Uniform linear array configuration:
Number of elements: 24
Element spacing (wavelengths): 0.75
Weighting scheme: hann
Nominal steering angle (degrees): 45
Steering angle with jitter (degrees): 44.8
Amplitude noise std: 0.05
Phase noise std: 0.05

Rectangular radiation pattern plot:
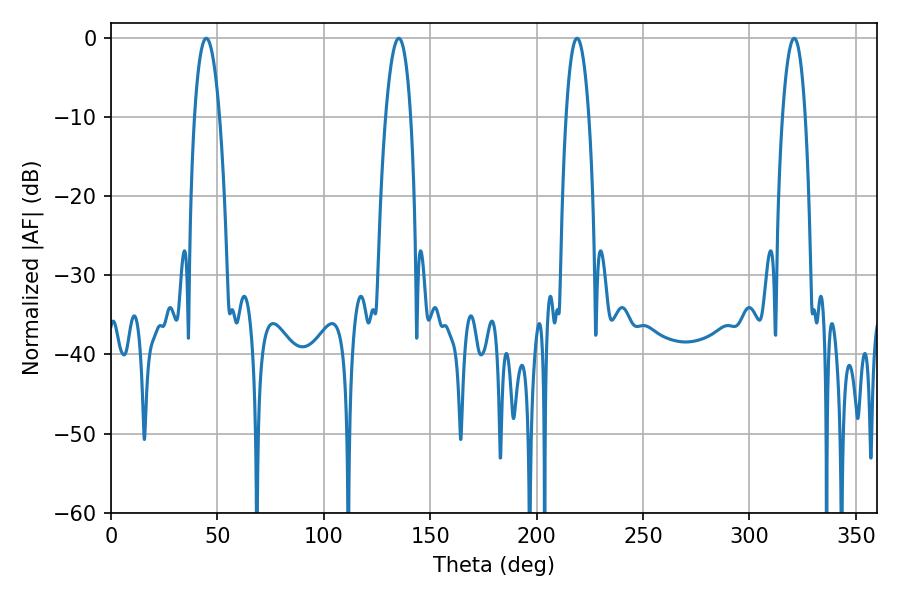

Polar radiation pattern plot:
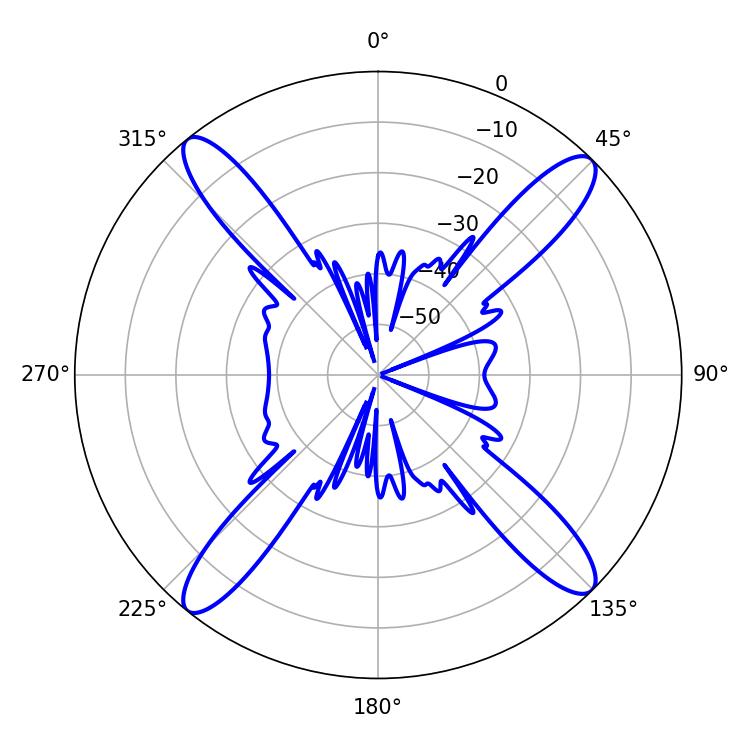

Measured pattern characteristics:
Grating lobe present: TRUE
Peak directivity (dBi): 17.922
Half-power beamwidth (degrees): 6.48
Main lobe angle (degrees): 44.82